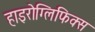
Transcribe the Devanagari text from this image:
हाइरोग्लिफिक्स